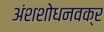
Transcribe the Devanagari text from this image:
अंशशोधनवक्र